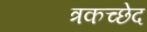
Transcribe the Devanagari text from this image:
त्रकच्छेद